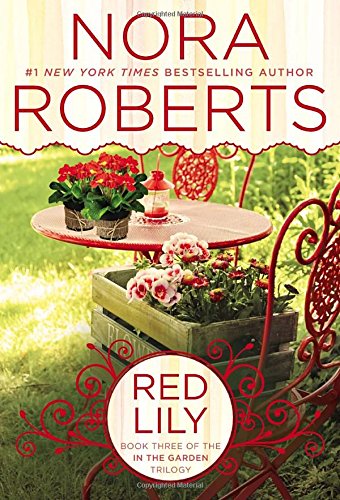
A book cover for Red Lily: In the Garden Trilogy; Nora Roberts; Romance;